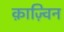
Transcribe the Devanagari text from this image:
क़ाज़्विन